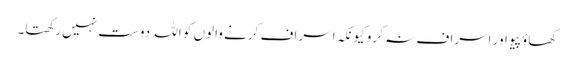
کھاؤ پیو اور اسراف نہ کرو کیونکہ اسراف کرنے والوں کو اللہ دوست نہیں رکھتا۔